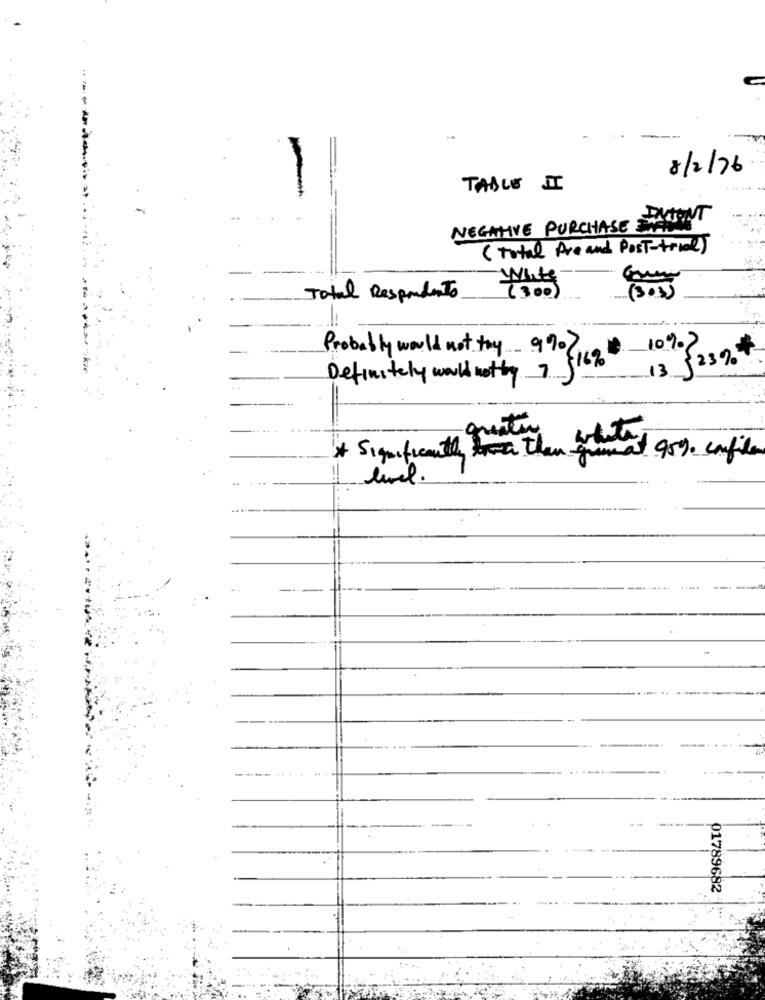
-------
8/2/76
TABLE II
. ......
NEGATIVE PURCHASE SACHANT
( Total Pre and Post-trial)
Total Respondents
(300)
(303)
Probably would not toy 9907
10%?
13 5239.#
Definitely would nothy 7 514%.
gratis
* Significantly trwa than gumat 959. canfile
01789682